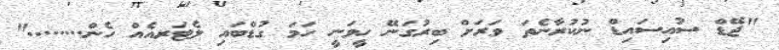
"ޖޭޑް ސުއިސައިޑް ނުކުރާނެތަ ވަރަށް ބިރުގަނޭ ހީވަނީ ހަމަ ގުޑްބައި ލެޓަރއެއް ހެން........"